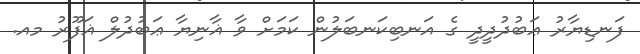
ފަނޑިޔާރު ޢަބުދުދީދީ ގެ އަނބިކަނބަލުން ކަމަށް ވާ ޣާނިޔާ ޢަބުދުލް ޣަފޫރު މއ.